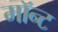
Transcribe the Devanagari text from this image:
मॉन्ट